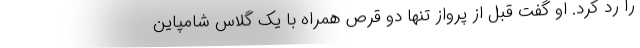
را رد کرد. او گفت قبل از پرواز تنها دو قرص همراه با یک گلاس شامپاین